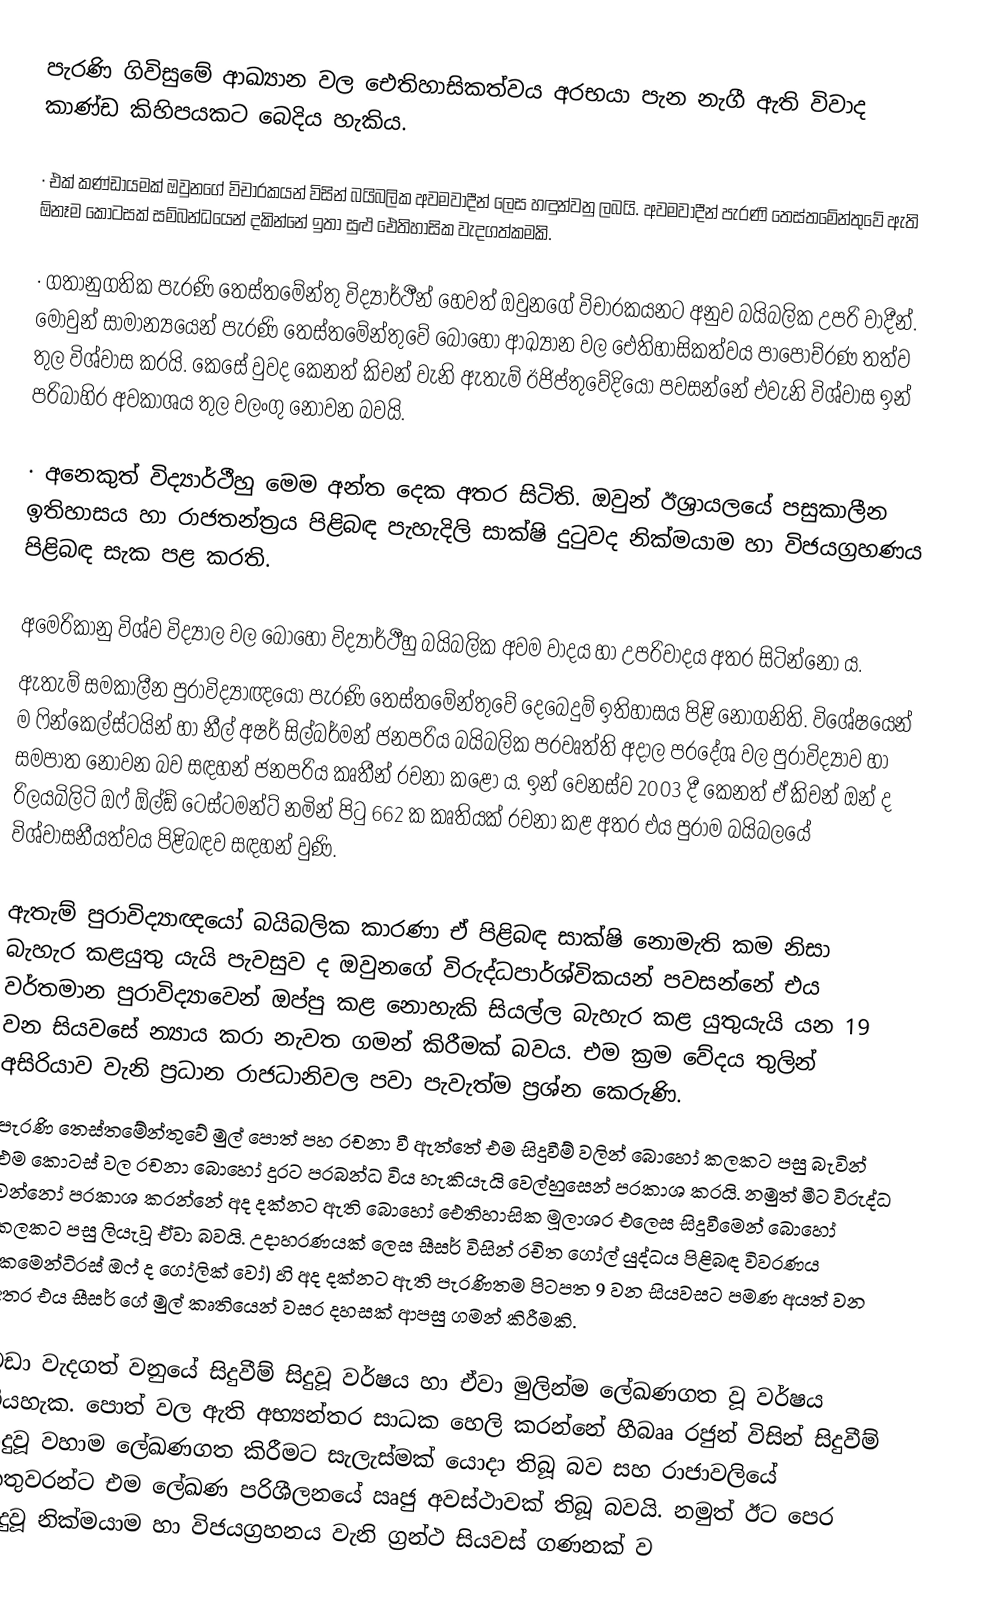
පැරණි ගිවිසුමේ ආඛ්‍යාන වල ඓතිහාසිකත්වය අරභයා පැන නැගී ඇති විවාද කාණ්ඩ කිහිපයකට බෙදිය හැකිය.

·	එක් කණ්ඩායමක් ඔවුනගේ විචාරකයන් විසින් බයිබලික අවමවාදීන් ලෙස හඳුන්වනු ලබයි. අවමවාදීන් පැරණි තෙස්තමේන්තුවේ ඇති  ඕනෑම කොටසක් සම්බන්ධයෙන් දකින්නේ ඉතා සුළු ඓතිහාසික වැදගත්කමකි.

·	ගතානුගතික පැරණි තෙස්තමේන්තු විද්‍යාර්ථීන් හෙවත් ඔවුනගේ විචාරකයනට අනුව බයිබලික උපරි වාදීන්. මොවුන් සාමාන්‍යයෙන් පැරණි තෙස්තමේන්තුවේ බොහෝ ආඛ්‍යාන වල ඓතිහාසිකත්වය පාපොච්රණ තත්ව තුල විශ්වාස කරයි. කෙසේ වුවද කෙනත් කිචන් වැනි ඇතැම් ඊජිප්තුවේදියෝ පවසන්නේ එවැනි විශ්වාස ඉන් පරිබාහිර අවකාශය තුල වලංගු නොවන බවයි.

·	අනෙකුත් විද්‍යාර්ථීහු මෙම අන්ත දෙක අතර සිටිති. ඔවුන් ඊශ‍්‍රායලයේ පසුකාලීන ඉතිහාසය හා රාජතන්ත‍්‍රය පිළිබඳ පැහැදිලි සාක්ෂි දුටුවද නික්මයාම හා විජයග‍්‍රහණය පිළිබඳ සැක පළ කරති.

අමෙරිකානු විශ්ව විද්‍යාල වල බොහෝ විද්‍යාර්ථීහු බයිබලික අවම වාදය හා උපරිවාදය අතර සිටින්නෝ ය.
ඇතැම් සමකාලීන පුරාවිද්‍යාඥයෝ පැරණි තෙස්තමේන්තුවේ දෙබෙදුම් ඉතිහාසය පිළි නොගනිති. විශේෂයෙන් ම ෆින්කෙල්ස්ටයින් හා නීල් අෂර් සිල්බර්මන් ජනප‍්‍රිය බයිබලික ප‍්‍රවෘත්ති අදාල ප‍්‍රදේශ වල පුරාවිද්‍යාව හා සමපාත නොවන බව සඳහන් ජනප‍්‍රිය කෘතීන් රචනා කළෝ ය. ඉන් වෙනස්ව 2003 දී කෙනත් ඒ කිචන් ඔන් ද රිලයබිලිටි ඔෆ්  ඕල්ඞ් ටෙස්ටමන්ට් නමින් පිටු 662 ක කෘතියක් රචනා කළ අතර එය පුරාම බයිබලයේ විශ්වාසනීයත්වය පිළිබඳව සඳහන් වුණි.

ඇතැම් පුරාවිද්‍යාඥයෝ බයිබලික කාරණා ඒ පිළිබඳ සාක්ෂි නොමැති කම නිසා බැහැර කළයුතු යැයි පැවසුව ද ඔවුනගේ විරුද්ධපාර්ශ්විකයන් පවසන්නේ එය වර්තමාන පුරාවිද්‍යාවෙන් ඔප්පු කළ නොහැකි සියල්ල බැහැර කළ යුතුයැයි යන 19 වන සියවසේ න්‍යාය කරා නැවත ගමන් කිරීමක් බවය. එම ක‍්‍රම වේදය තුලින් අසිරියාව වැනි ප‍්‍රධාන රාජධානිවල පවා පැවැත්ම ප‍්‍රශ්න කෙරුණි.
පැරණි තෙස්තමේන්තුවේ මුල් පොත් පහ රචනා වී ඇත්තේ එම සිදුවීම් වලින් බොහෝ කලකට පසු බැවින් එම කොටස් වල රචනා බොහෝ දුරට ප‍්‍රබන්ධ විය හැකියැයි වෙල්හුසෙන් ප‍්‍රකාශ කරයි. නමුත් මීට විරුද්ධ වන්නෝ ප‍්‍රකාශ කරන්නේ අද දක්නට ඇති බොහෝ ඓතිහාසික මූලාශ‍්‍ර එලෙස සිදුවීමෙන් බොහෝ කලකට පසු ලියැවූ ඒවා බවයි. උදාහරණයක් ලෙස සීසර් විසින් රචිත ගෝල් යුද්ධය පිළිබඳ විවරණය (කමෙන්ටි‍්‍රස් ඔෆ් ද ගෝලික් වෝ) හි අද දක්නට ඇති පැරණිතම පිටපත 9 වන සියවසට පමණ අයත් වන අතර එය සීසර් ගේ මුල් කෘතියෙන් වසර දහසක් ආපසු ගමන් කිරීමකි.

වඩා වැදගත් වනුයේ සිදුවීම් සිදුවූ වර්ෂය හා ඒවා මුලින්ම ලේඛණගත වූ වර්ෂය වියහැක. පොත් වල ඇති අභ්‍යන්තර සාධක හෙලි කරන්නේ හීබෲ රජුන් විසින් සිදුවීම් සිදුවූ වහාම ලේඛණගත කිරීමට සැලැස්මක් යොදා තිබූ බව සහ රාජාවලියේ කතුවරන්ට එම ලේඛණ පරිශීලනයේ ඍජු අවස්ථාවක් තිබූ බවයි. නමුත් ඊට පෙර සිදුවූ නික්මයාම හා විජයග‍්‍රහනය වැනි ග‍්‍රන්ථ සියවස් ගණනක් ව